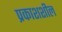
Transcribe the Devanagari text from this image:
प्रकाशशील